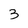
Character: 3